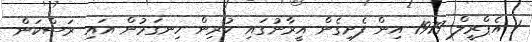
1 އެޕްރީލް 1979 އިން ފެށިގެން އީރާނުގައި ކުރިން ހިނގަމުން އައި ރަސްކަން